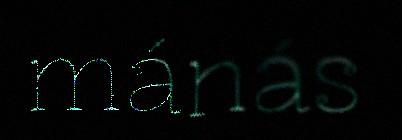
mánás